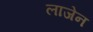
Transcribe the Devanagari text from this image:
लाजेन